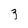
Character: z